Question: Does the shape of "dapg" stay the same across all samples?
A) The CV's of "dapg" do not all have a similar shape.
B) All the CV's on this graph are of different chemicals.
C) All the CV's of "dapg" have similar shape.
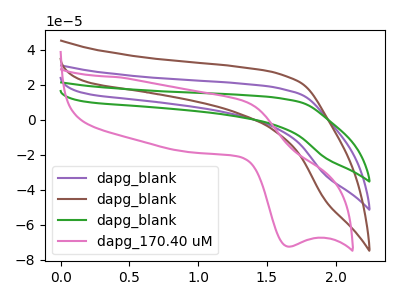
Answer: <think>The purple curve "dapg_blank" has no peaks. The brown curve "dapg_blank" has no peaks. The green curve "dapg_blank" has no peaks. The pink curve "dapg_170.40 uM" has an anodic peak at (1.35V, 10.50uA) and a cathodic peak at (1.65V, -72.55uA).
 Neither "dapg_blank" or "dapg_blank" have any peaks. Neither "dapg_blank" or "dapg_blank" have any peaks. "dapg_blank" and "dapg_170.40 uM" have a different number of peaks. Neither "dapg_blank" or "dapg_blank" have any peaks. "dapg_blank" and "dapg_170.40 uM" have a different number of peaks. "dapg_blank" and "dapg_170.40 uM" have a different number of peaks.</think>
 <answer>C) All the CV's of "dapg" have similar shape.</answer>
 <eval>C</eval>